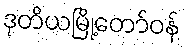
ဒုတိယမြို့တော်ဝန်